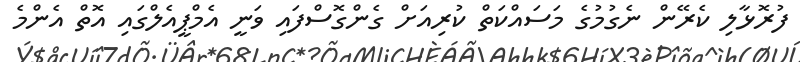
ފުރޮޅާލި ކެރޭން ނެގުމުގެ މަސައްކަތް ކުރިއަށް ގެންގޮސްފައި ވަނީ އެމްޕީއެލްގައި އޮތް އެންމެ